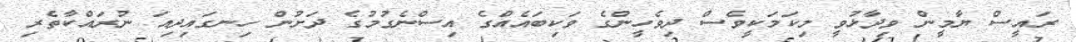
ރައީސް ޔާމީން ވިދާޅުވީ މިކަމަކީވެސް ދިވެހީންގެ ވަކިބައެއްގެ އިސްނެގުމުގެ ދަށުން ހިނގައިދިއަ ނުރައްކާތެރި